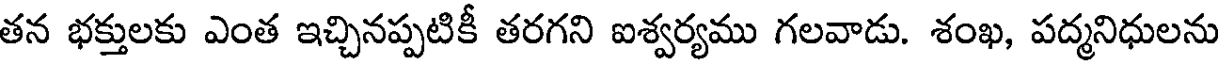
తన భక్తులకు ఎంత ఇచ్చినప్పటికీ తరగని ఐశ్వర్యము గలవాడు. శంఖ, పద్మనిధులను